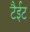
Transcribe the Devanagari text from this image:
टैईट